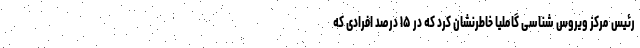
رئیس مرکز ویروس شناسی گاملیا خاطرنشان کرد که در ۱۵ درصد افرادی که